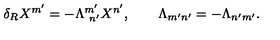
\delta _ { R } X ^ { m ^ { \prime } } = - \Lambda _ { \ n ^ { \prime } } ^ { m ^ { \prime } } X ^ { n ^ { \prime } } , \qquad \Lambda _ { m ^ { \prime } n ^ { \prime } } = - \Lambda _ { n ^ { \prime } m ^ { \prime } } .